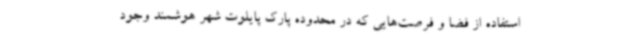
استفاده از فضا و فرصت‌هایی که در محدوده پارک پایلوت شهر هوشمند وجود